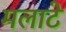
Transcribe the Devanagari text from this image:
मलाटे